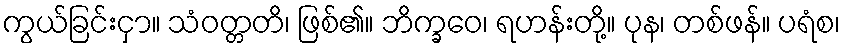
ကွယ်ခြင်းငှာ။ သံဝတ္တတိ၊ ဖြစ်၏။ ဘိက္ခဝေ၊ ရဟန်းတို့။ ပုန၊ တစ်ဖန်။ ပရံစ၊